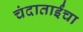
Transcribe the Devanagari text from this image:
चंदाताईंचा